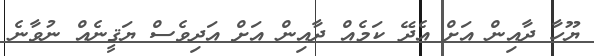
ޔޫހާ ދާއިން އަށް އެދޭ ކަމެއް ދާއިން އަށް އަދިވެސް ޔަޤީނެއް ނުވާނެ